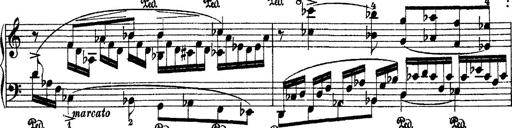
Title: 2 KonzertetÃ¼den
Composer: Franz Liszt